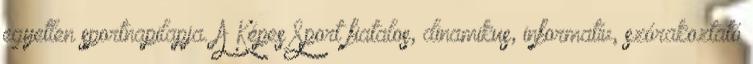
egyetlen sportnapilapja. A Képes Sport fiatalos, dinamikus, informatív, szórakoztató